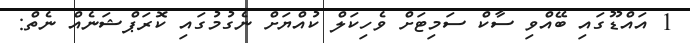
1 އައްޑޫގައި ބޭއްވި ސާކް ސަމިޓަށް ވެހިކަލް ކުއްޔަށް ނެގުމުގައި ކޮރަޕްޝަނެއް ނެތް: